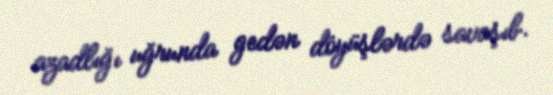
azadlığı uğrunda gedən döyüşlərdə savaşıb.